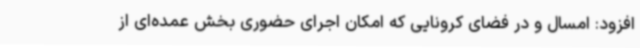
افزود: امسال و در فضای کرونایی که امکان اجرای حضوری بخش عمده‌ای از